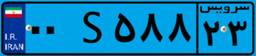
۰۰S۵۸۸۲۳